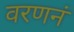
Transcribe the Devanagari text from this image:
वरणनं